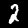
Digit: 2